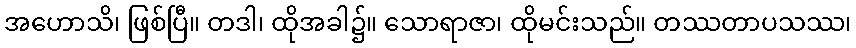
အဟောသိ၊ ဖြစ်ပြီ။ တဒါ၊ ထိုအခါ၌။ သောရာဇာ၊ ထိုမင်းသည်။ တဿတာပသဿ၊